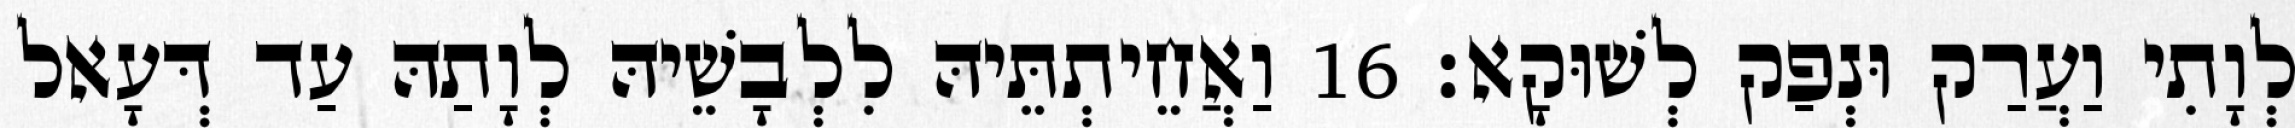
לְוָתִי וַעֲרַק וּנְפַק לְשׁוּקָא׃ 16 וַאֲחֵיתְתֵּיהּ לִלְבָשֵׁיהּ לְוָתַהּ עַד דְּעָאל